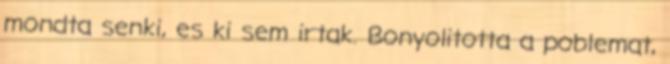
mondta senki, es ki sem irtak. Bonyolitotta a poblemat,